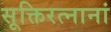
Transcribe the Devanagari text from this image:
सूक्तिरत्नानां